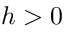
h > 0